Lunatic asylums United Prov. 1922-30 - 1922-1930
Year: 1922
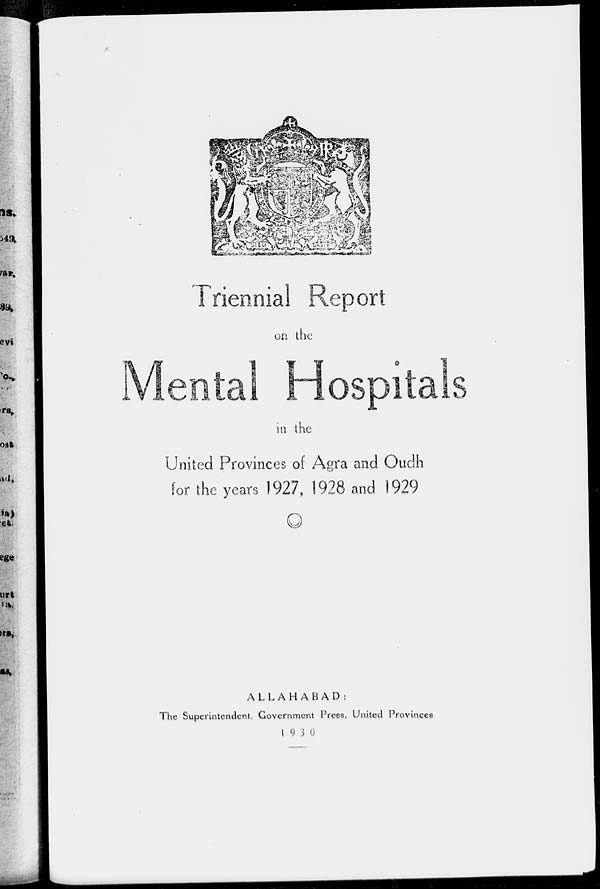
Triennial Report
on the
Mental Hospitals
in the
United Provinces of Agra and Oudh
for the years 1927, 1928 and 1929
ALLAHABAD:
The Superintendent, Government Press, United Provinces
1930